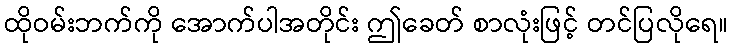
ထိုဝမ်းဘက်ကို အောက်ပါအတိုင်း ဤခေတ် စာလုံးဖြင့် တင်ပြလိုရေ။